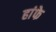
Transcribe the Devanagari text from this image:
हांफे